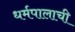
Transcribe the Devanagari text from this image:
धर्मपालाची